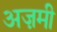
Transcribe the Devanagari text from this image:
अज़मी